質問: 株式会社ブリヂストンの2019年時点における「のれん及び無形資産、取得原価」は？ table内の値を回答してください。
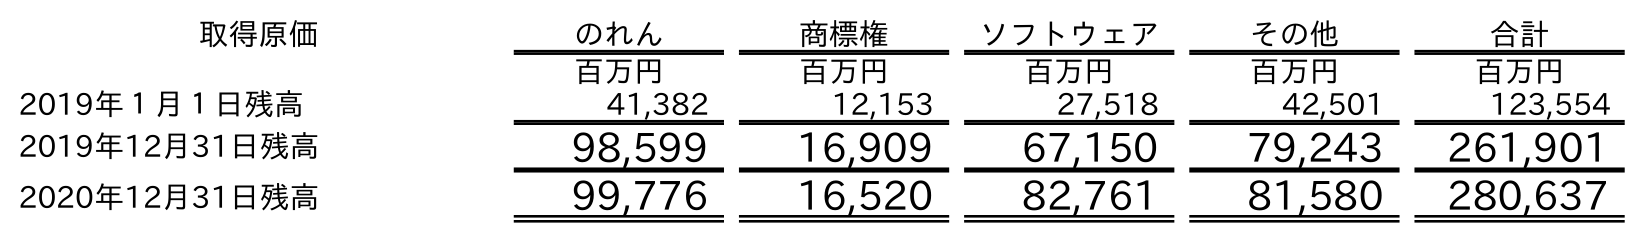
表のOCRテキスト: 取得原価 のれん 商標権 ソフトウェア その他 合計 百万円 百万円 百万円 百万円 百万円 2019年１月１日残高 41,382 12,153 27,518 42,501 123,554 2019年12月31日残高 98,599 16,909 67,150 79,243 261,901 2020年12月31日残高 99,776 16,520 82,761 81,580 280,637
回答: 261,901